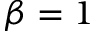
\beta = 1